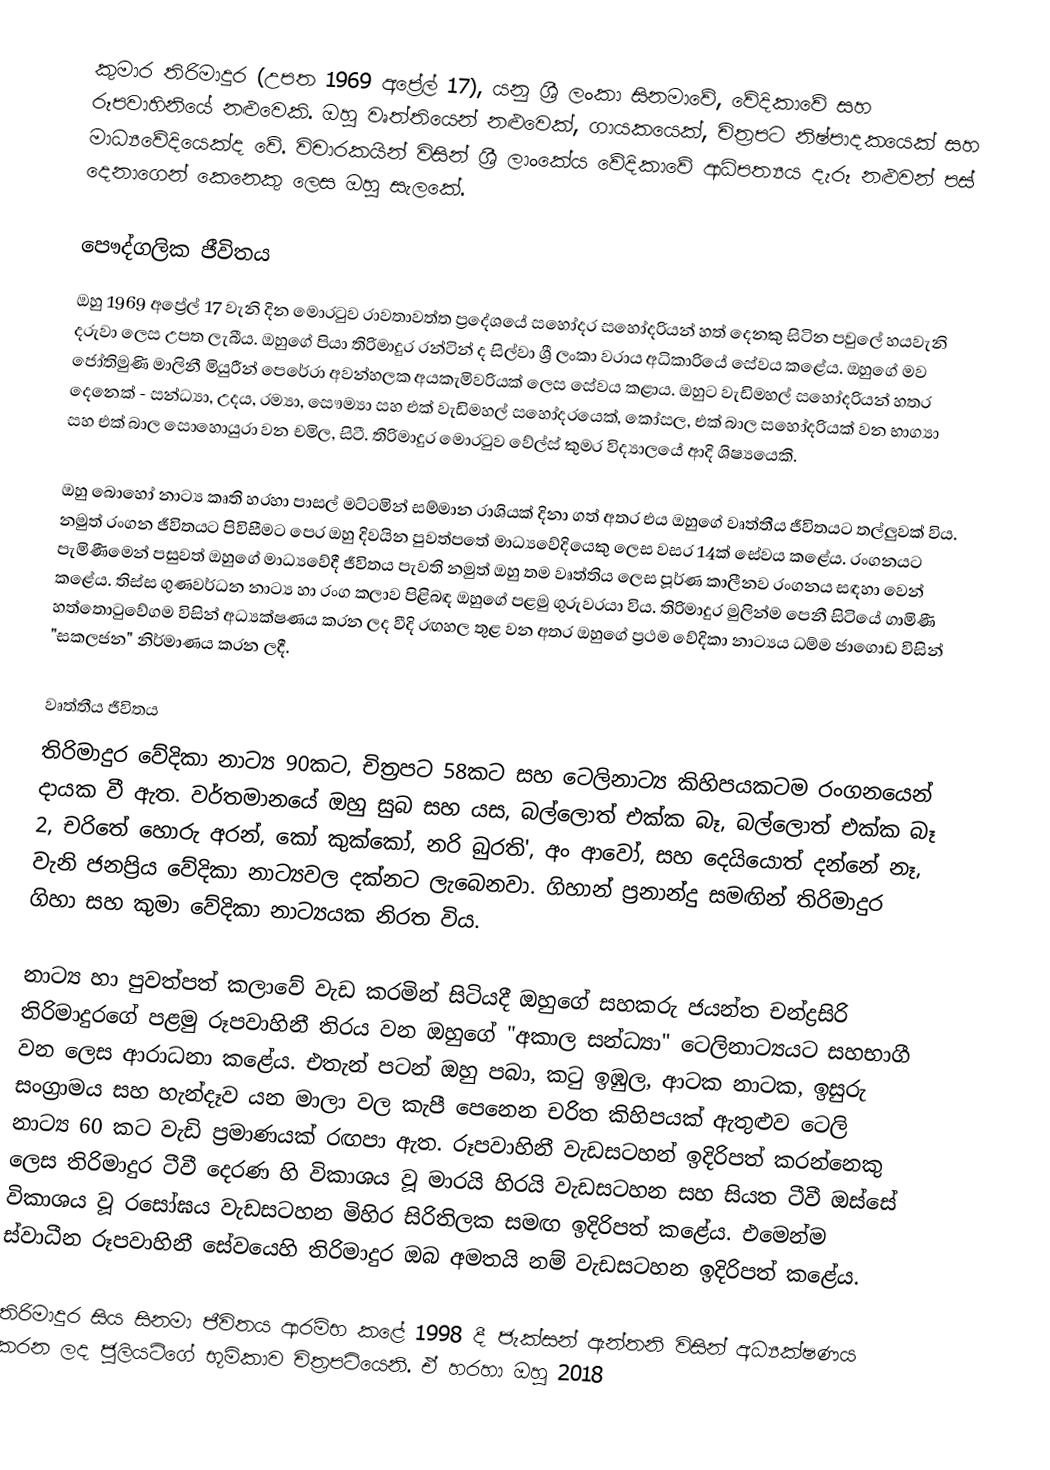
කුමාර තිරිමාදුර (උපත 1969 අප්‍රේල් 17), යනු ශ්‍රී ලංකා සිනමාවේ, වේදිකාවේ සහ රූපවාහිනියේ නළුවෙකි.  ඔහු වෘත්තියෙන් නළුවෙක්, ගායකයෙක්, චිත්‍රපට නිෂ්පාදකයෙක් සහ මාධ්‍යවේදියෙක්ද වේ. විචාරකයින් විසින් ශ්‍රී ලාංකේය වේදිකාවේ ආධිපත්‍යය දැරූ නළුවන් පස් දෙනාගෙන් කෙනෙකු ලෙස ඔහු සැලකේ.

පෞද්ගලික ජීවිතය
ඔහු 1969 අප්‍රේල් 17 වැනි දින මොරටුව රාවතාවත්ත ප්‍රදේශයේ සහෝදර සහෝදරියන් හත් දෙනකු සිටින පවුලේ හයවැනි දරුවා ලෙස උපත ලැබීය. ඔහුගේ පියා තිරිමාදුර රන්ටින් ද සිල්වා ශ්‍රී ලංකා වරාය අධිකාරියේ සේවය කළේය. ඔහුගේ මව ජෝතිමුණි මාලිනී මියුරීන් පෙරේරා අවන්හලක අයකැමිවරියක් ලෙස සේවය කළාය. ඔහුට වැඩිමහල් සහෝදරියන් හතර දෙනෙක් - සන්ධ්‍යා, උදය, රම්‍යා, සෞම්‍යා සහ එක් වැඩිමහල් සහෝදරයෙක්, කෝසල, එක් බාල සහෝදරියක් වන භාග්‍යා සහ එක් බාල සොහොයුරා වන චමිල, සිටී. තිරිමාදුර මොරටුව වේල්ස් කුමර විද්‍යාලයේ ආදි ශිෂ්‍යයෙකි.

ඔහු බොහෝ නාට්‍ය කෘති හරහා පාසල් මට්ටමින් සම්මාන රාශියක් දිනා ගත් අතර එය ඔහුගේ වෘත්තීය ජීවිතයට තල්ලුවක් විය. නමුත් රංගන ජීවිතයට පිවිසීමට පෙර ඔහු දිවයින පුවත්පතේ මාධ්‍යවේදියෙකු ලෙස වසර 14ක් සේවය කළේය. රංගනයට පැමිණීමෙන් පසුවත් ඔහුගේ මාධ්‍යවේදී ජීවිතය පැවති නමුත් ඔහු තම වෘත්තිය ලෙස පූර්ණ කාලීනව රංගනය සඳහා වෙන් කළේය. තිස්ස ගුණවර්ධන නාට්‍ය හා රංග කලාව පිළිබඳ ඔහුගේ පළමු ගුරුවරයා විය. තිරිමාදුර මුලින්ම පෙනී සිටියේ ගාමිණී හත්තොටුවේගම විසින් අධ්‍යක්ෂණය කරන ලද වීදි රඟහල තුළ වන අතර ඔහුගේ ප්‍රථම වේදිකා නාට්‍යය ධම්ම ජාගොඩ විසින් "සකලජන" නිර්මාණය කරන ලදී.

වෘත්තීය ජීවිතය
තිරිමාදුර වේදිකා නාට්‍ය 90කට, චිත්‍රපට 58කට සහ ටෙලිනාට්‍ය කිහිපයකටම රංගනයෙන් දායක වී ඇත. වර්තමානයේ ඔහු සුබ සහ යස, බල්ලොත් එක්ක බෑ, බල්ලොත් එක්ක බෑ 2, චරිතේ හොරු අරන්, කෝ කුක්කෝ, නරි බුරති', අං ආවෝ, සහ දෙයියොත් දන්නේ නෑ, වැනි ජනප්‍රිය වේදිකා නාට්‍යවල දක්‍නට ලැබෙනවා. ගිහාන් ප්‍රනාන්දු සමඟින් තිරිමාදුර ගිහා සහ කුමා වේදිකා නාට්‍යයක නිරත විය.

නාට්‍ය හා පුවත්පත් කලාවේ වැඩ කරමින් සිටියදී ඔහුගේ සහකරු ජයන්ත චන්ද්‍රසිරි තිරිමාදුරගේ පළමු රූපවාහිනී තිරය වන ඔහුගේ "අකාල සන්ධ්‍යා" ටෙලිනාට්‍යයට සහභාගී වන ලෙස ආරාධනා කළේය. එතැන් පටන් ඔහු පබා, කටු ඉඹුල, ආටක නාටක, ඉසුරු සංග්‍රාමය සහ හැන්දෑව යන මාලා වල කැපී පෙනෙන චරිත කිහිපයක් ඇතුළුව ටෙලි නාට්‍ය 60 කට වැඩි ප්‍රමාණයක් රඟපා ඇත. රූපවාහිනී වැඩසටහන් ඉදිරිපත් කරන්නෙකු ලෙස තිරිමාදුර ටීවී දෙරණ හි විකාශය වූ මාරයි හිරයි වැඩසටහන සහ සියත ටීවී ඔස්සේ විකාශය වූ රසෝඝය වැඩසටහන මිහිර සිරිතිලක සමඟ ඉදිරිපත් කළේය. එමෙන්ම ස්වාධීන රූපවාහිනී සේවයෙහි තිරිමාදුර ඔබ අමතයි නම් වැඩසටහන ඉදිරිපත් කළේය.

තිරිමාදුර සිය සිනමා ජීවිතය ආරම්භ කළේ 1998 දී ජැක්සන් ඇන්තනි විසින් අධ්‍යක්ෂණය කරන ලද ජුලියට්ගේ භූමිකාව චිත්‍රපටියෙනි. ඒ හරහා ඔහු 2018